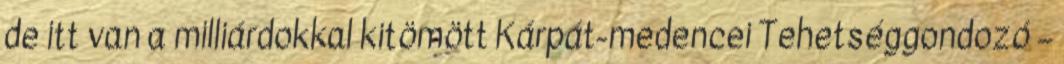
de itt van a milliárdokkal kitömött Kárpát-medencei Tehetséggondozó –